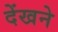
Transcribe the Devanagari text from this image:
देंखने